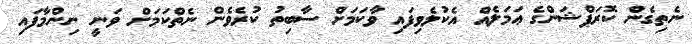
ނެތިގެން ކޮރަޕްޝަންގެ ޢަމަލެއް އެކުލެވިފައި ވާކަމަށް ސާބިތު ކުރެވެން ނެތްކަމަށް ވަނީ ނިންމާފައި